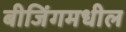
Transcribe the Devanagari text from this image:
बीजिंगमधील